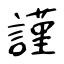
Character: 謹